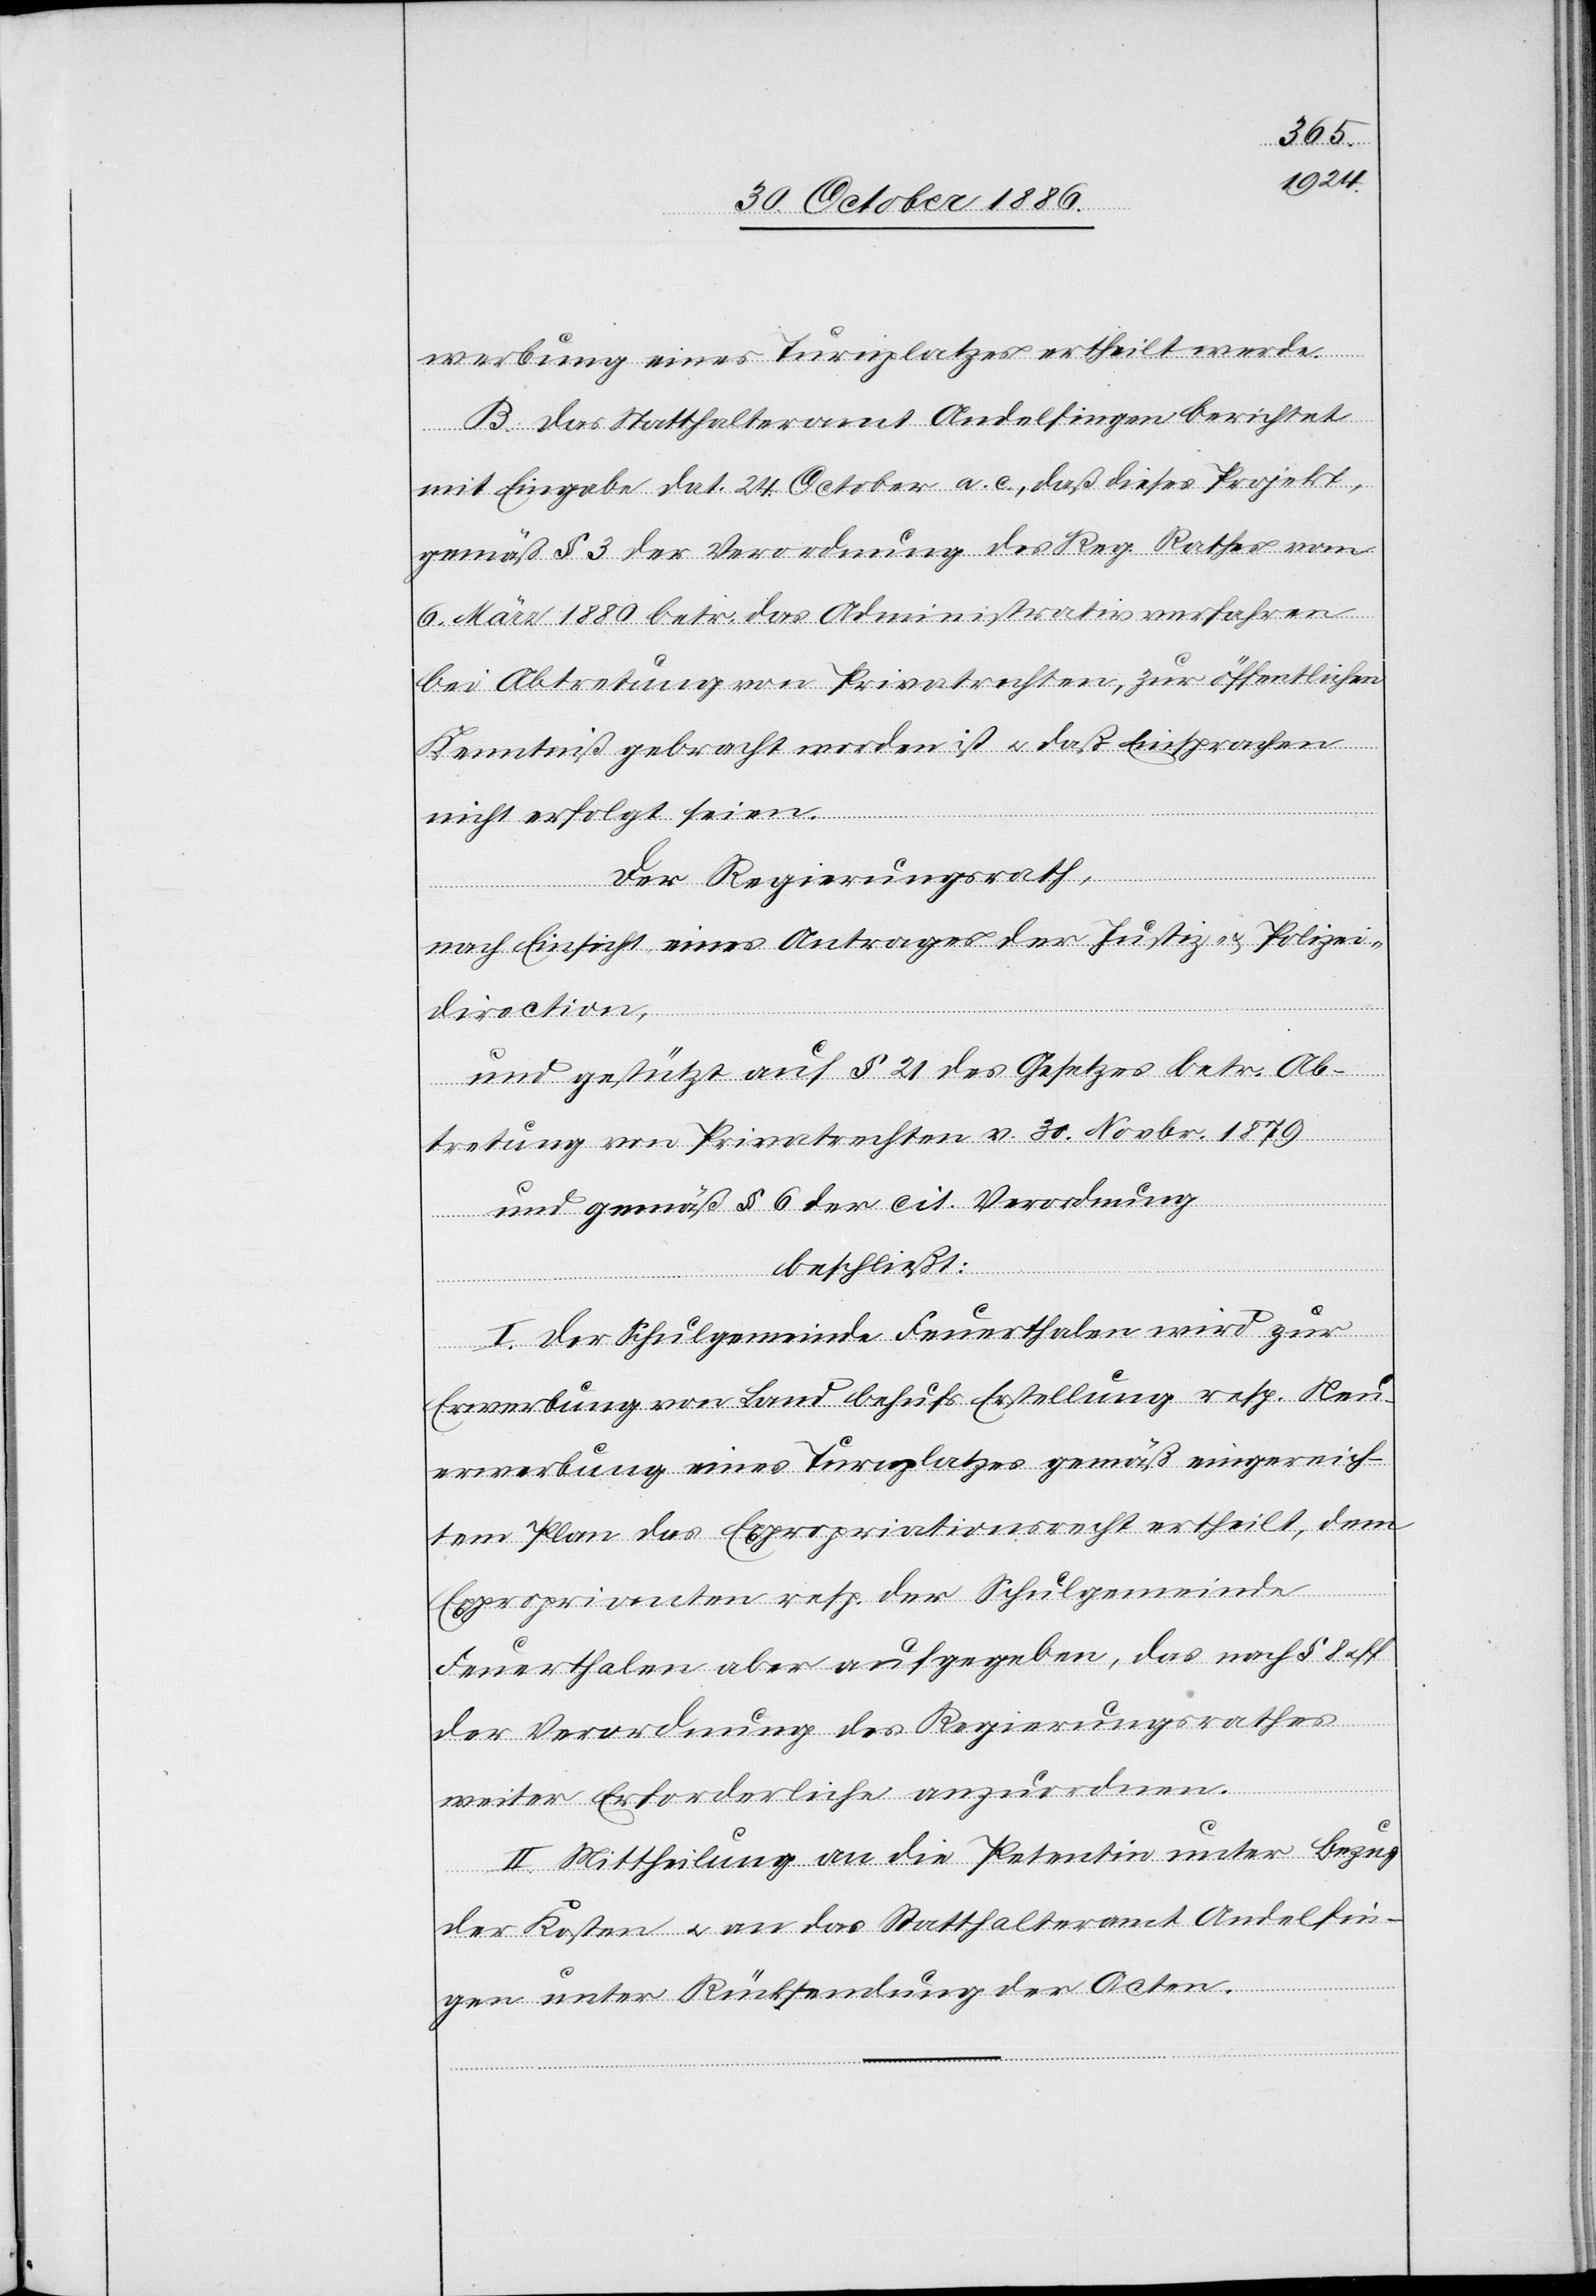
werbung eines Turnplatzes ertheilt werde.
B. Das Statthalteramt Andelfingen berichtet
mit Eingabe dat. 24. October a. c., daß dieses Projekt,
gemäß § 3 der Verordnung des Reg. Rathes vom
6. März 1880 betr. das Administrativverfahren
bei Abtretung von Privatrechten, zur öffentlichen
Kenntniß gebracht worden ist & daß Einsprachen
nicht erfolgt seien.
Der Regierungsrath,
nach Einsicht eines Antrages der Justiz- & Polizei¬
direction,
und gestützt auf § 21 des Gesetzes betr. Ab¬
tretung von Privatrechten v. 30. Novbr. 1879
und gemäß § 6 der cit. Verordnung
beschließt:
I. Der Schulgemeinde Feuerthalen wird zur
Erwerbung von Land behufs Erstellung resp. Neu¬
erwerbung eines Turnplatzes gemäß eingereich¬
tem Plan das Expropriationsrecht ertheilt, dem
Exproprianten resp. der Schulgemeinde
Feuerthalen aber aufgegeben, das nach § 8 & ff.
der Verordnung des Regierungsrathes
weiter Erforderliche anzuordnen.
II. Mittheilung an die Petentin unter Bezug
der Kosten & an das Statthalteramt Andelfin¬
gen unter Rücksendung der Acten.